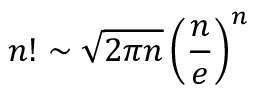
n ! \sim { \sqrt { 2 \pi n } } \left( { \frac { n } { e } } \right) ^ { n }